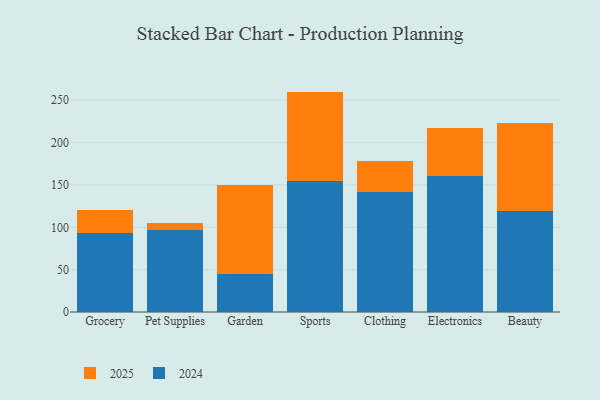
{"axis": {"x": "Category", "y": "Page Views"}, "legend": ["2024", "2025"], "data": [{"x": "Grocery", "y": 93.0, "type": "2024"}, {"x": "Grocery", "y": 27.1, "type": "2025"}, {"x": "Pet Supplies", "y": 96.8, "type": "2024"}, {"x": "Pet Supplies", "y": 8.4, "type": "2025"}, {"x": "Garden", "y": 45.3, "type": "2024"}, {"x": "Garden", "y": 105.2, "type": "2025"}, {"x": "Sports", "y": 154.3, "type": "2024"}, {"x": "Sports", "y": 105.9, "type": "2025"}, {"x": "Clothing", "y": 141.2, "type": "2024"}, {"x": "Clothing", "y": 36.7, "type": "2025"}, {"x": "Electronics", "y": 160.4, "type": "2024"}, {"x": "Electronics", "y": 57.2, "type": "2025"}, {"x": "Beauty", "y": 119.7, "type": "2024"}, {"x": "Beauty", "y": 103.8, "type": "2025"}]}